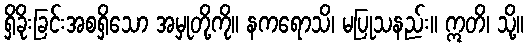
ရှိခိုးခြင်းအစရှိသော အမှုတို့ကို။ နကရောသိ၊ မပြုသနည်း။ ဣတိ၊ သို့။